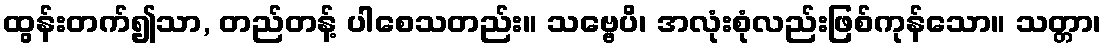
ထွန်းတက်၍သာ, တည်တန့် ပါစေသတည်း။ သဗ္ဗေပိ၊ အလုံးစုံလည်းဖြစ်ကုန်သော။ သတ္တာ၊